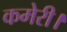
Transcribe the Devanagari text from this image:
कमेरी।